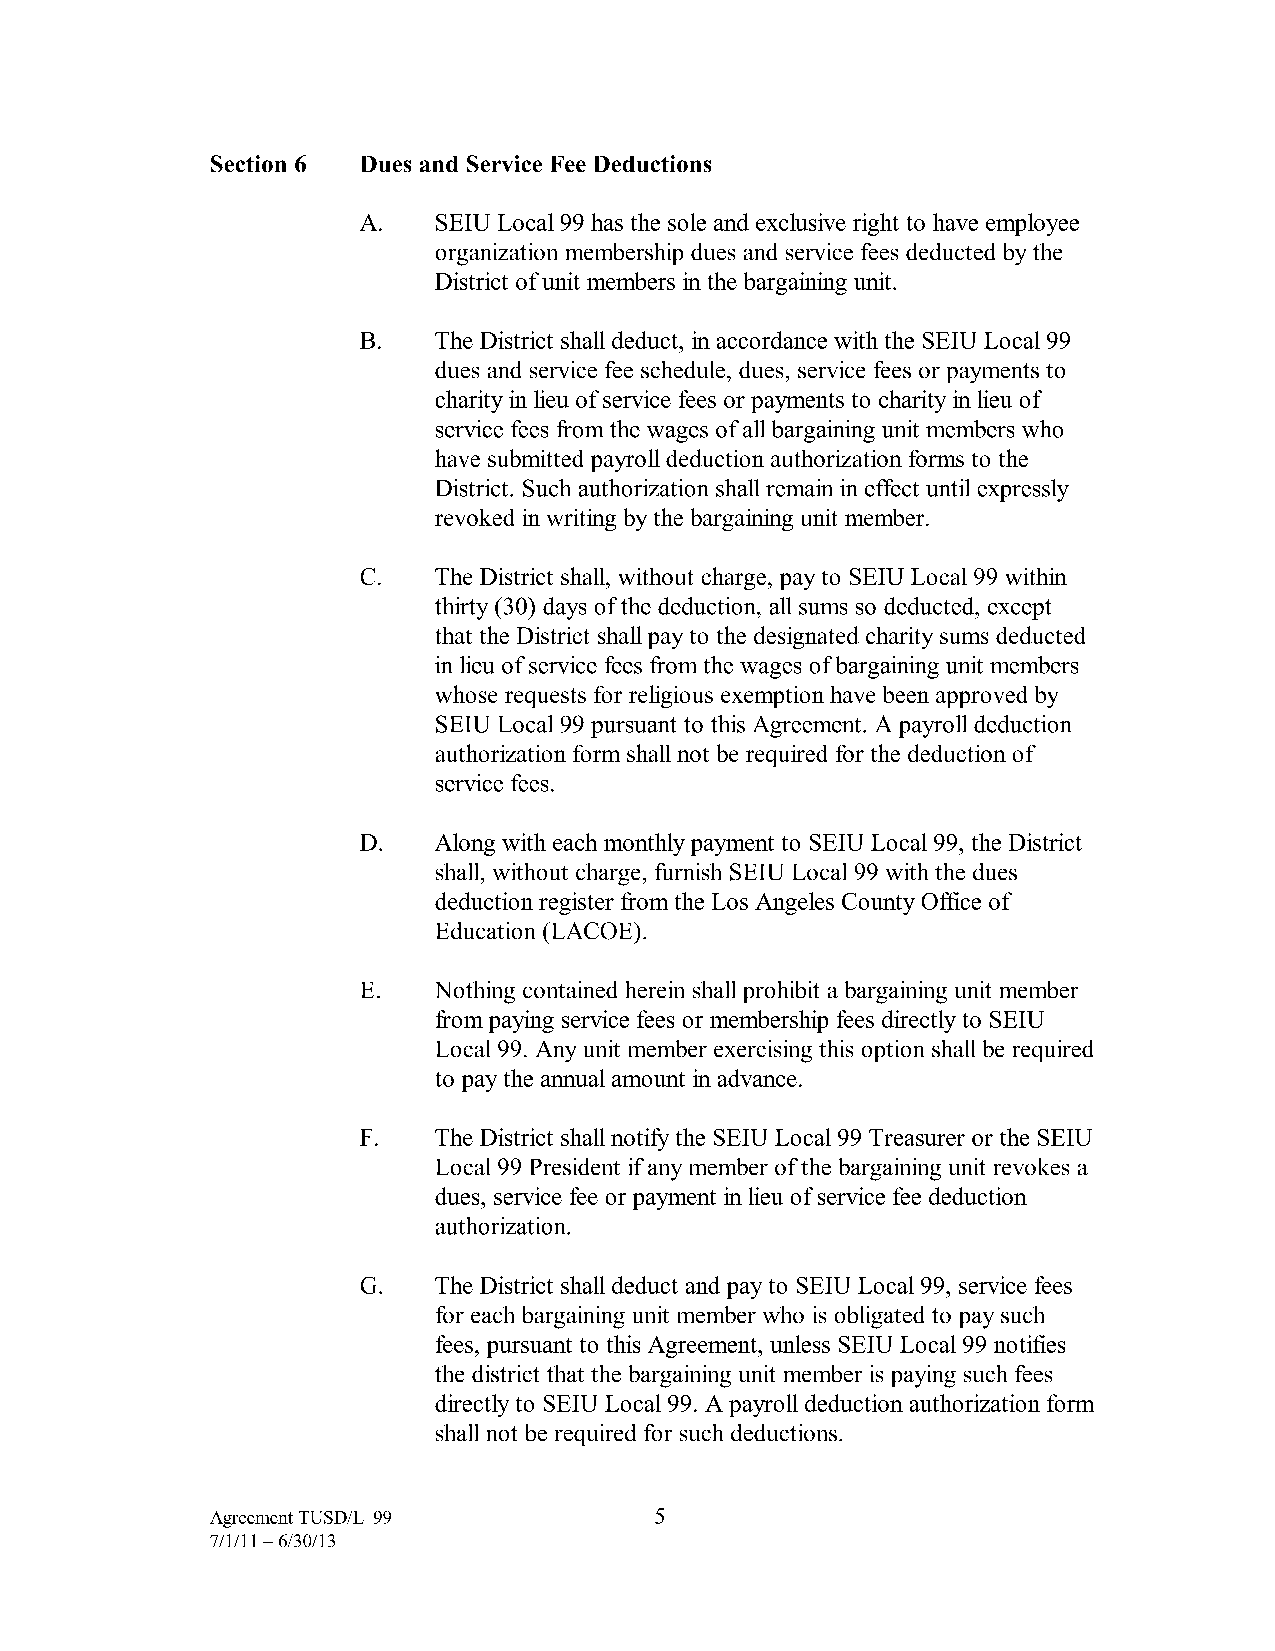
Section 6 Dues and Service Fee Deductions
 A.   SEIU Local 99 has the sole and exclusive right to have employee
 organization membership dues and service fees deducted by the
 District of unit members in the bargaining unit.
 B.   The District shall deduct, in accordance with the SEIU Local 99
 dues and service fee schedule, dues, service fees or payments to
 charity in lieu of service fees or payments to charity in lieu of
 service fees from the wages of all bargaining unit members who
 have submitted payroll deduction authorization forms to the
 District. Such authorization shall remain in effect until expressly
 revoked in writing by the bargaining unit member.
 C.   The District shall, without charge, pay to SEIU Local 99 within
 thirty (30) days of the deduction, all sums so deducted, except
 that the District shall pay to the designated charity sums deducted
 in lieu of service fees from the wages of bargaining unit members
 whose requests for religious exemption have been approved by
 SEIU Local 99 pursuant to this Agreement. A payroll deduction
 authorization form shall not be required for the deduction of
 service fees.
 D.   Along with each monthly payment to SEIU Local 99, the District
 shall, without charge, furnish SEIU Local 99 with the dues
 deduction register from the Los Angeles County Office of
 Education (LACOE).
 E.   Nothing contained herein shall prohibit a bargaining unit member
 from paying service fees or membership fees directly to SEIU
 Local 99. Any unit member exercising this option shall be required
 to pay the annual amount in advance.
 F.   The District shall notify the SEIU Local 99 Treasurer or the SEIU
 Local 99 President if any member of the bargaining unit revokes a
 dues, service fee or payment in lieu of service fee deduction
 authorization.
 G.   The District shall deduct and pay to SEIU Local 99, service fees
 for each bargaining unit member who is obligated to pay such
 fees, pursuant to this Agreement, unless SEIU Local 99 notifies
 the district that the bargaining unit member is paying such fees
 directly to SEIU Local 99. A payroll deduction authorization form
 shall not be required for such deductions.
 Agreement TUSD/L-99          5
 7/1/11-6/30/13